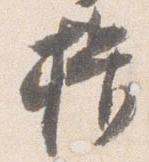
揖